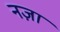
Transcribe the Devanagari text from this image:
नज़ा